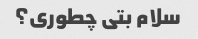
سلام بتی چطوری؟